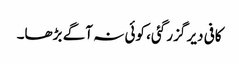
کافی دیر گزر گئی، کوئی نہ آگے بڑھا۔